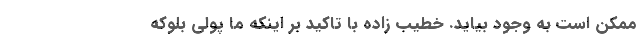
ممکن است به وجود بیاید. خطیب زاده با تاکید بر اینکه ما پولی بلوکه